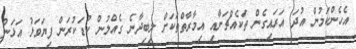
އެހެންކަމުން އުދަ އަރައިގެން ތަކެއްޗަށާއި އިމާރާތްތަކަށް ލިބިދާނެ ގެއްލުން ކުޑަކުރަން ފިޔަވަޅު އަޅަން